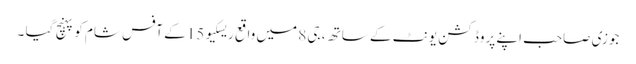
جوزی صاحب اپنے پروڈکشن یونٹ کے ساتھ ، جی 8 میں واقع ریسکیو 15 کے آفس شام کو پہنچ گیا ۔